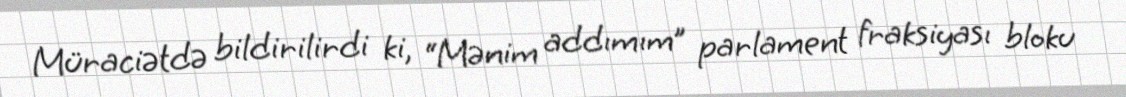
Müraciətdə bildirilirdi ki, “Mənim addımım” parlament fraksiyası bloku